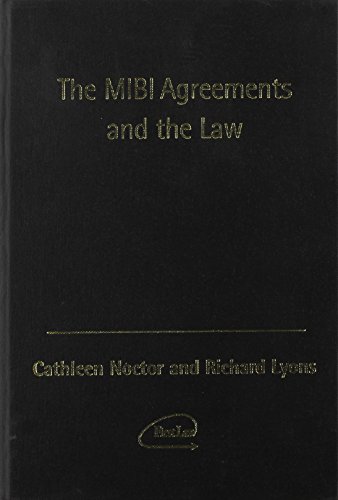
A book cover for The Law And The Motor Insurance Bureau Of Ireland; Richard Lyons; Engineering & Transportation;